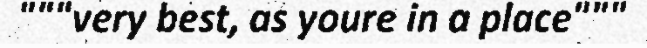
"""very best, as youre in a place"""